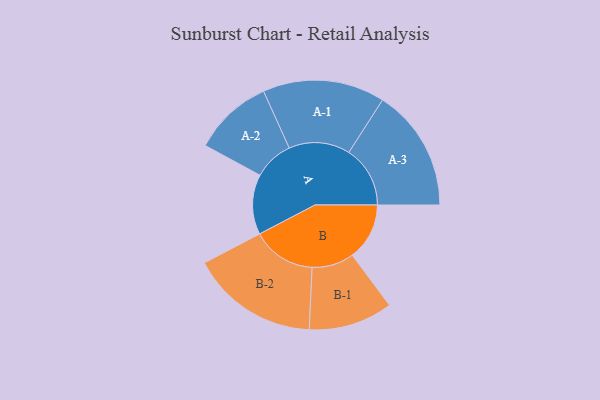
{"axis": {"x": "Segment", "y": "Value"}, "legend": ["", "A", "B"], "data": [{"x": "A", "y": 271, "type": ""}, {"x": "B", "y": 258, "type": ""}, {"x": "A-1", "y": 276, "type": "A"}, {"x": "A-2", "y": 180, "type": "A"}, {"x": "A-3", "y": 277, "type": "A"}, {"x": "B-1", "y": 190, "type": "B"}, {"x": "B-2", "y": 289, "type": "B"}]}